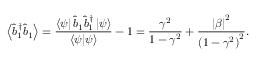
\left\langle \hat { b } _ { 1 } ^ { \dagger } \hat { b } _ { 1 } \right\rangle = \frac { \left\langle \psi \right\vert \hat { b } _ { 1 } \hat { b } _ { 1 } ^ { \dagger } \left\vert \psi \right\rangle } { \left\langle \psi | \psi \right\rangle } - 1 = \frac { \gamma ^ { 2 } } { 1 - \gamma ^ { 2 } } + \frac { \left\vert \beta \right\vert ^ { 2 } } { \left( 1 - \gamma ^ { 2 } \right) ^ { 2 } } .